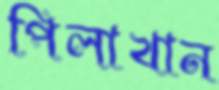
পিলাখান